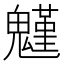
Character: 𩴗